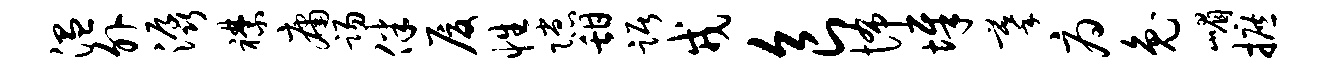
温外潺襟庸踢伴厦性隙甜踞戎食怖墀摹府兔嵋摭